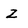
Character: Z